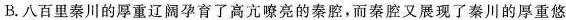
B.八百里秦川的厚重辽阔孕育了高亢嘹亮的秦腔，而秦腔又展现了秦川的厚重悠